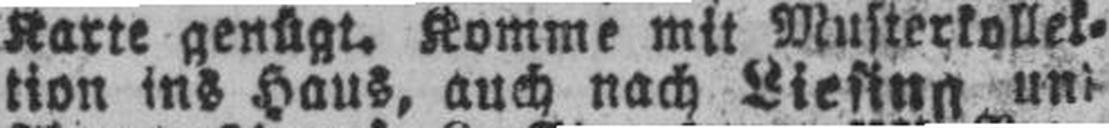
tion ins Haus, auch nach Liesing um